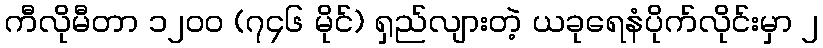
ကီလိုမီတာ ၁၂၀၀ (၇၄၆ မိုင်) ရှည်လျားတဲ့ ယခုရေနံပိုက်လိုင်းမှာ ၂